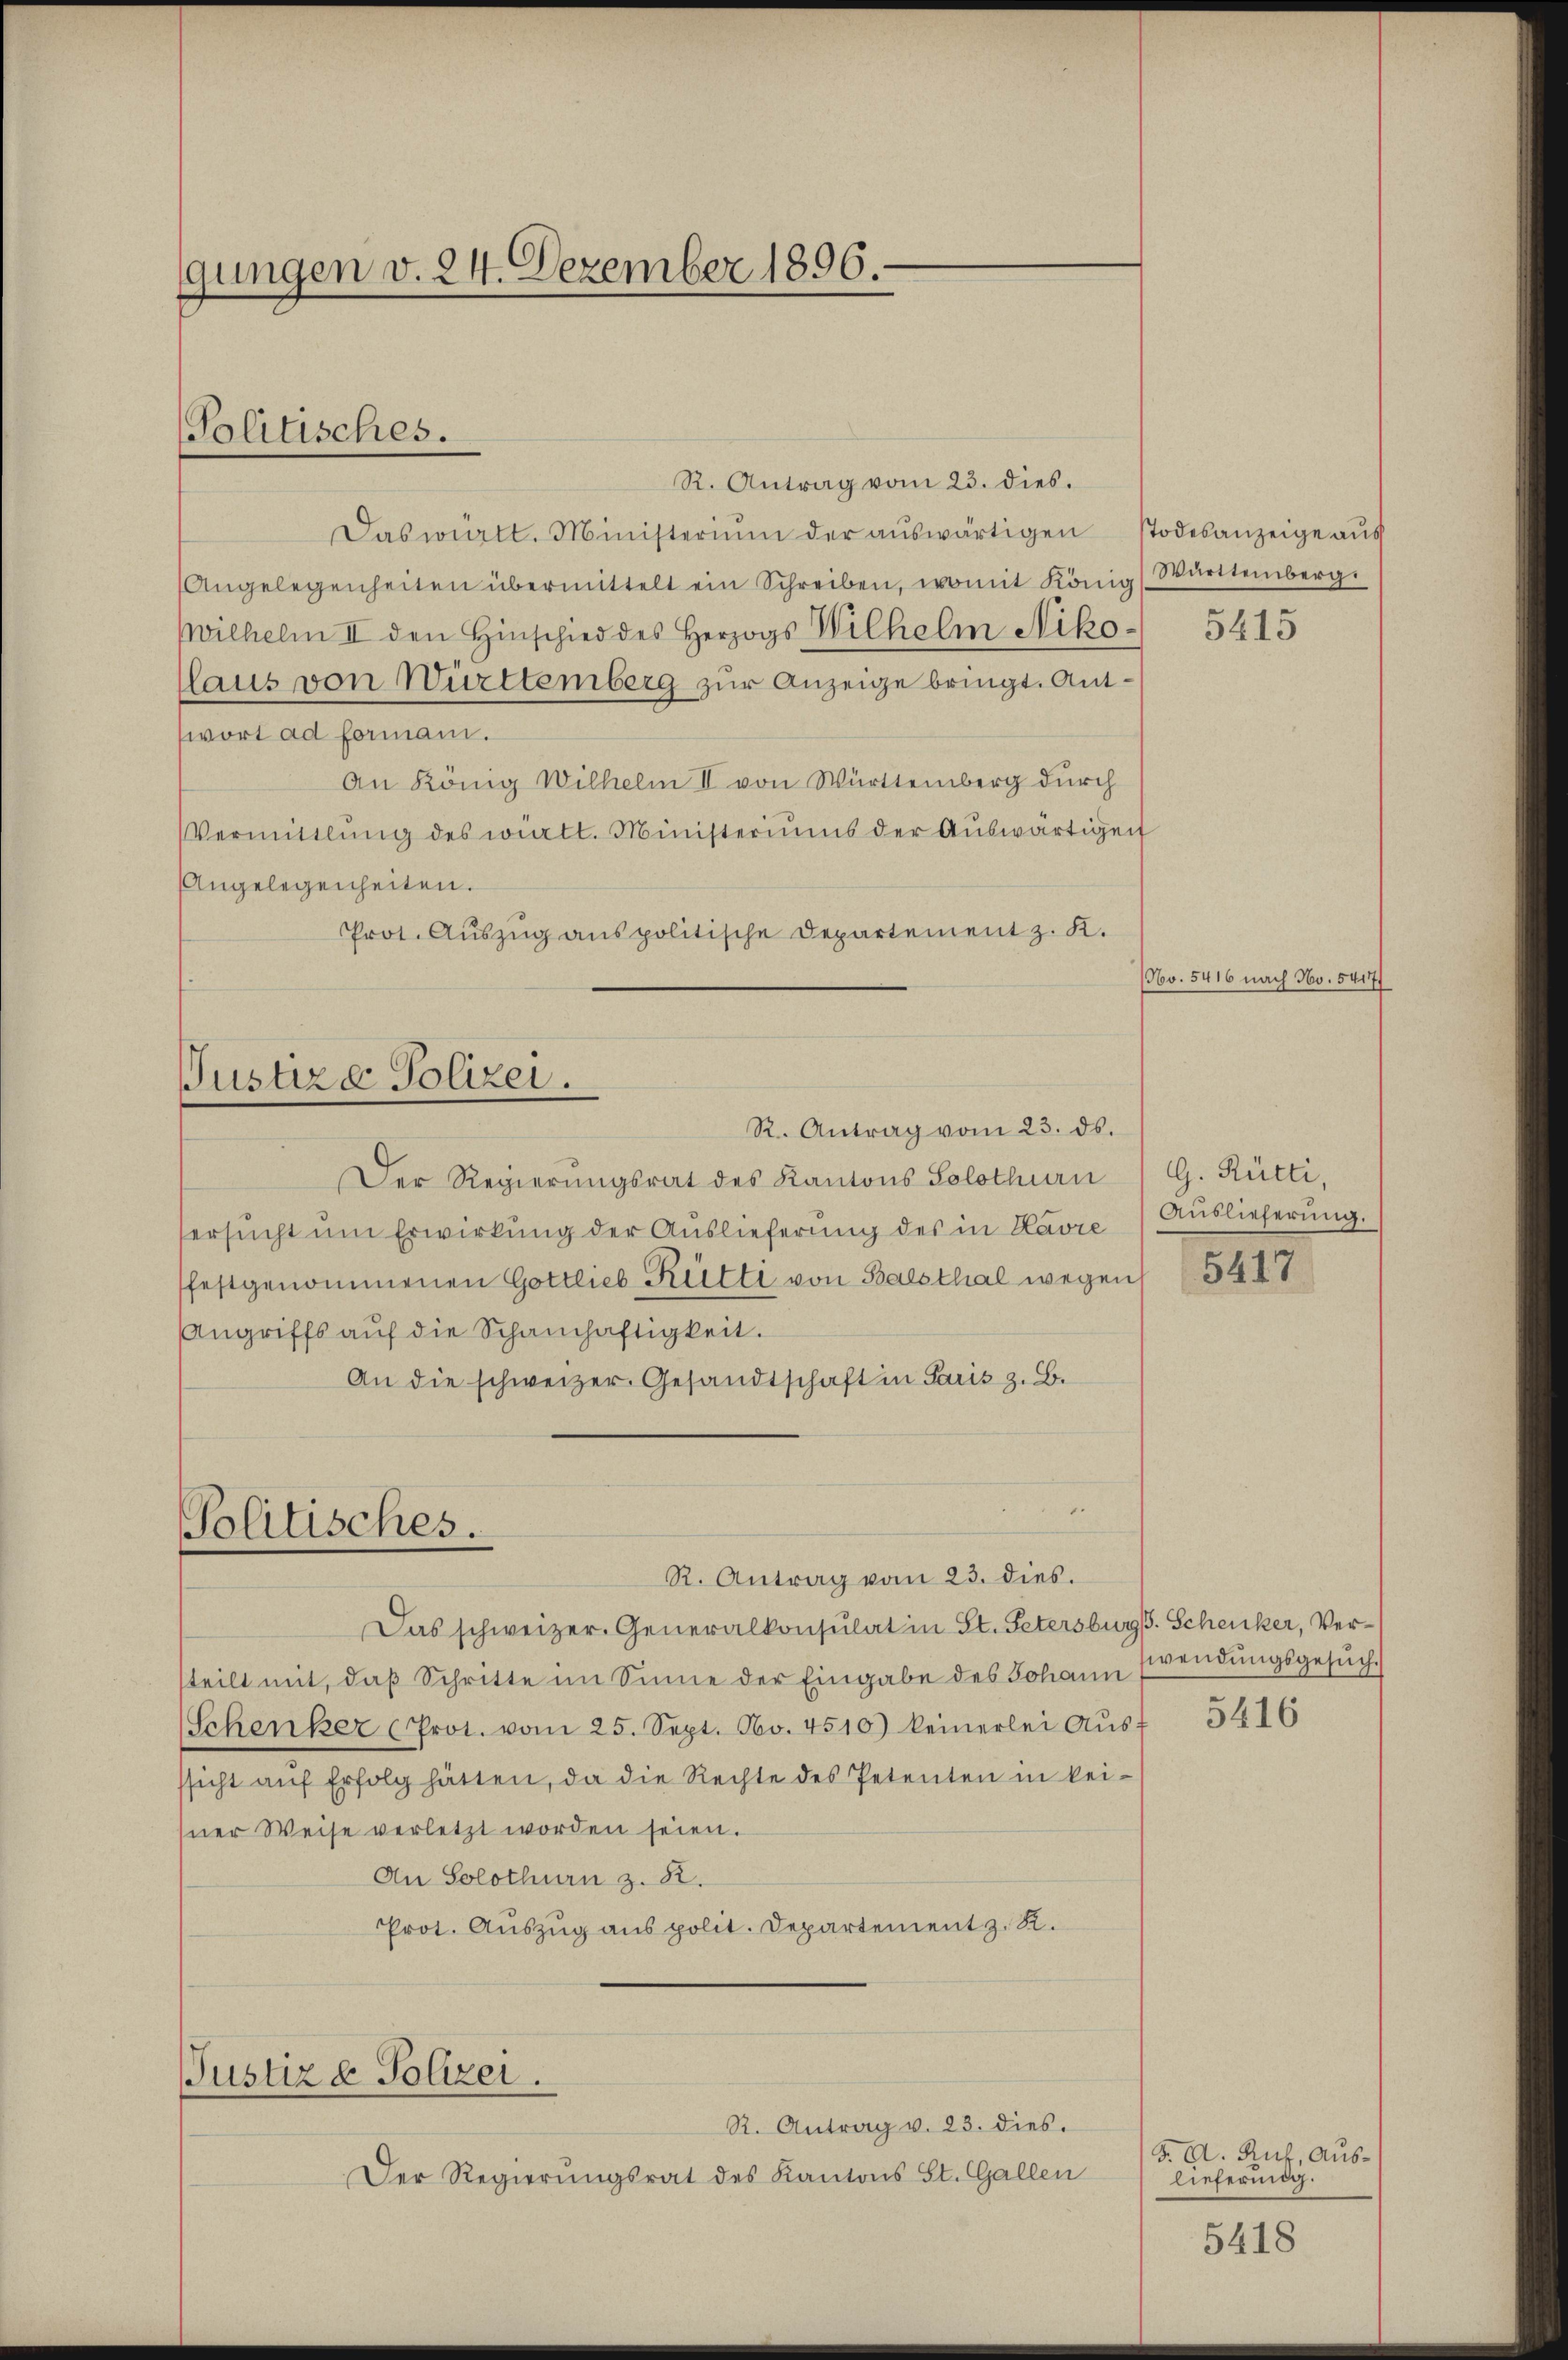
gungen v. 24. Dezember 1896.

R. Antrag vom 23. dies.
Das württ. Ministerium der aŭswärtigen Todesanzeige aus
Angelegenheiten übermittelt ein Schreiben, womit König, Württemberg.
wilhelm II den Hinschied des Herzogs Wilhelm Nikolaus von Württemberg zur Anzeige bringt. Antwort ad formani.
An König Wilhelm II von Württemberg durch
Vermittlung des wirtt. Ministeriums der Auswärtigen
Angelegenheiten.
Prot. Auszug aus politische Departement z. K.

Politisches.

Justiz & Polizei.
R. Antrag vom 23. ds.

u
Politisches.
R. Antrag vom 23. dies.

Der Regierungsrat des Kantons Solothurn
ersŭcht ŭm Erwirkŭng der Auslieferŭng des in Havre Auslieferŭng.
festgenommenen Gottlieb Rütti von Balsthal wegen
Angriffs aŭf die Schamhaftigkeit.
An die schweizer. Gesandtschaft in Paris z. B.

Das schweizer. Generalkonsulat in St. Petersburg. Schenker, Versteilt mit, daβ Schritte im Sinne der Eingabe des Johann wendŭngsgesŭch,
Schenker (Prot. vom 25. Sept. No. 4510) keinerlei Aŭsf
ssicht aŭf Erfolg hätten, da die Rechte des Petenten in kei-
sner Weise verletzt worden seien.
An Solothurn z. B.
Prot. Auszug aus polit. Departement z. R.
Justiz & Polizei.
R. Antrag v. 23. dies.
Der Regierungsrat des Kantons St. Gallen

5415

(No. 5416 nach No. 5417/

G. Rütti,

5417

5416

F. A. Ruf, Auslieferung.

5418